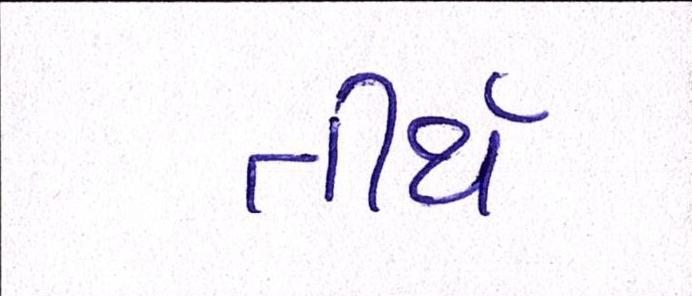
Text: તીર્થ